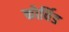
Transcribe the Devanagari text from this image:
कोर्विड